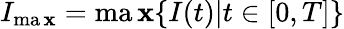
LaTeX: I_{\operatorname*{ma\mathbf{x}}}=\operatorname*{ma\mathbf{x}}\{ I(t)|t\in[0,T]\}